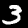
Label: 3